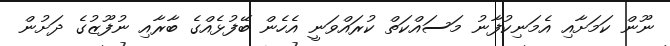
ނޫން ކަމަށާއި އެމަނިކުފާނު މަސައްކަތް ކުރައްވަނީ އެހެން ބޭފުޅެއްގެ ބާރާއި ނުފޫޒުގެ ދަށުން